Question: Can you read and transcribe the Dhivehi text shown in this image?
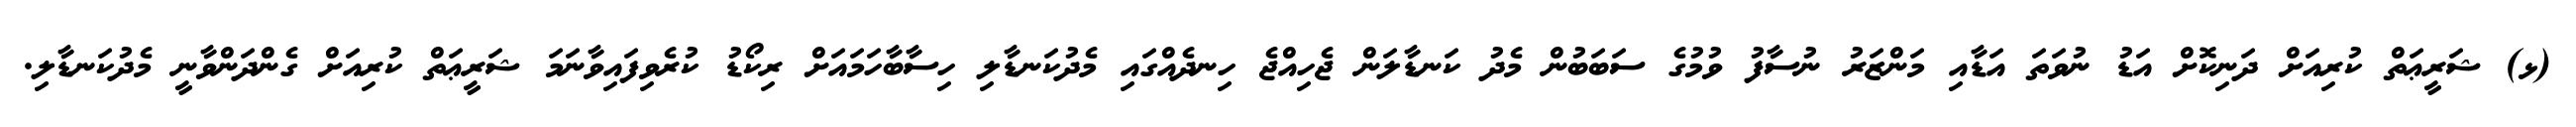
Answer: (ޅ) ޝަރީޢަތް ކުރިއަށް ދަނިކޮށް އަޑު ނުވަތަ އަޑާއި މަންޒަރު ނުސާފު ވުމުގެ ސަބަބުން މެދު ކަނޑާލަން ޖެހިއްޖެ ހިނދެއްގައި މެދުކަނޑާލި ހިސާބާހަމައަށް ރިކޯޑު ކުރެވިފައިވާނަމަ ޝަރީޢަތް ކުރިއަށް ގެންދަންވާނީ މެދުކަނޑާލި.